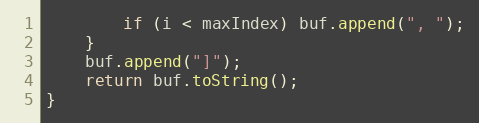
Language: Java
		if (i < maxIndex) buf.append(", ");
	}
	buf.append("]");
	return buf.toString();
}